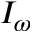
I _ { \omega }